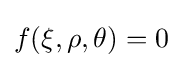
f(\xi ,\rho ,\theta )=0~